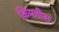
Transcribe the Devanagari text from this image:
किंमतीस